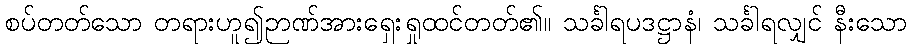
စပ်တတ်သော တရားဟူ၍ဉာဏ်အားရှေးရှုထင်တတ်၏။ သင်္ခါရပဒဋ္ဌာနံ၊ သင်္ခါရလျှင် နီးသော